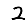
Digit: 2